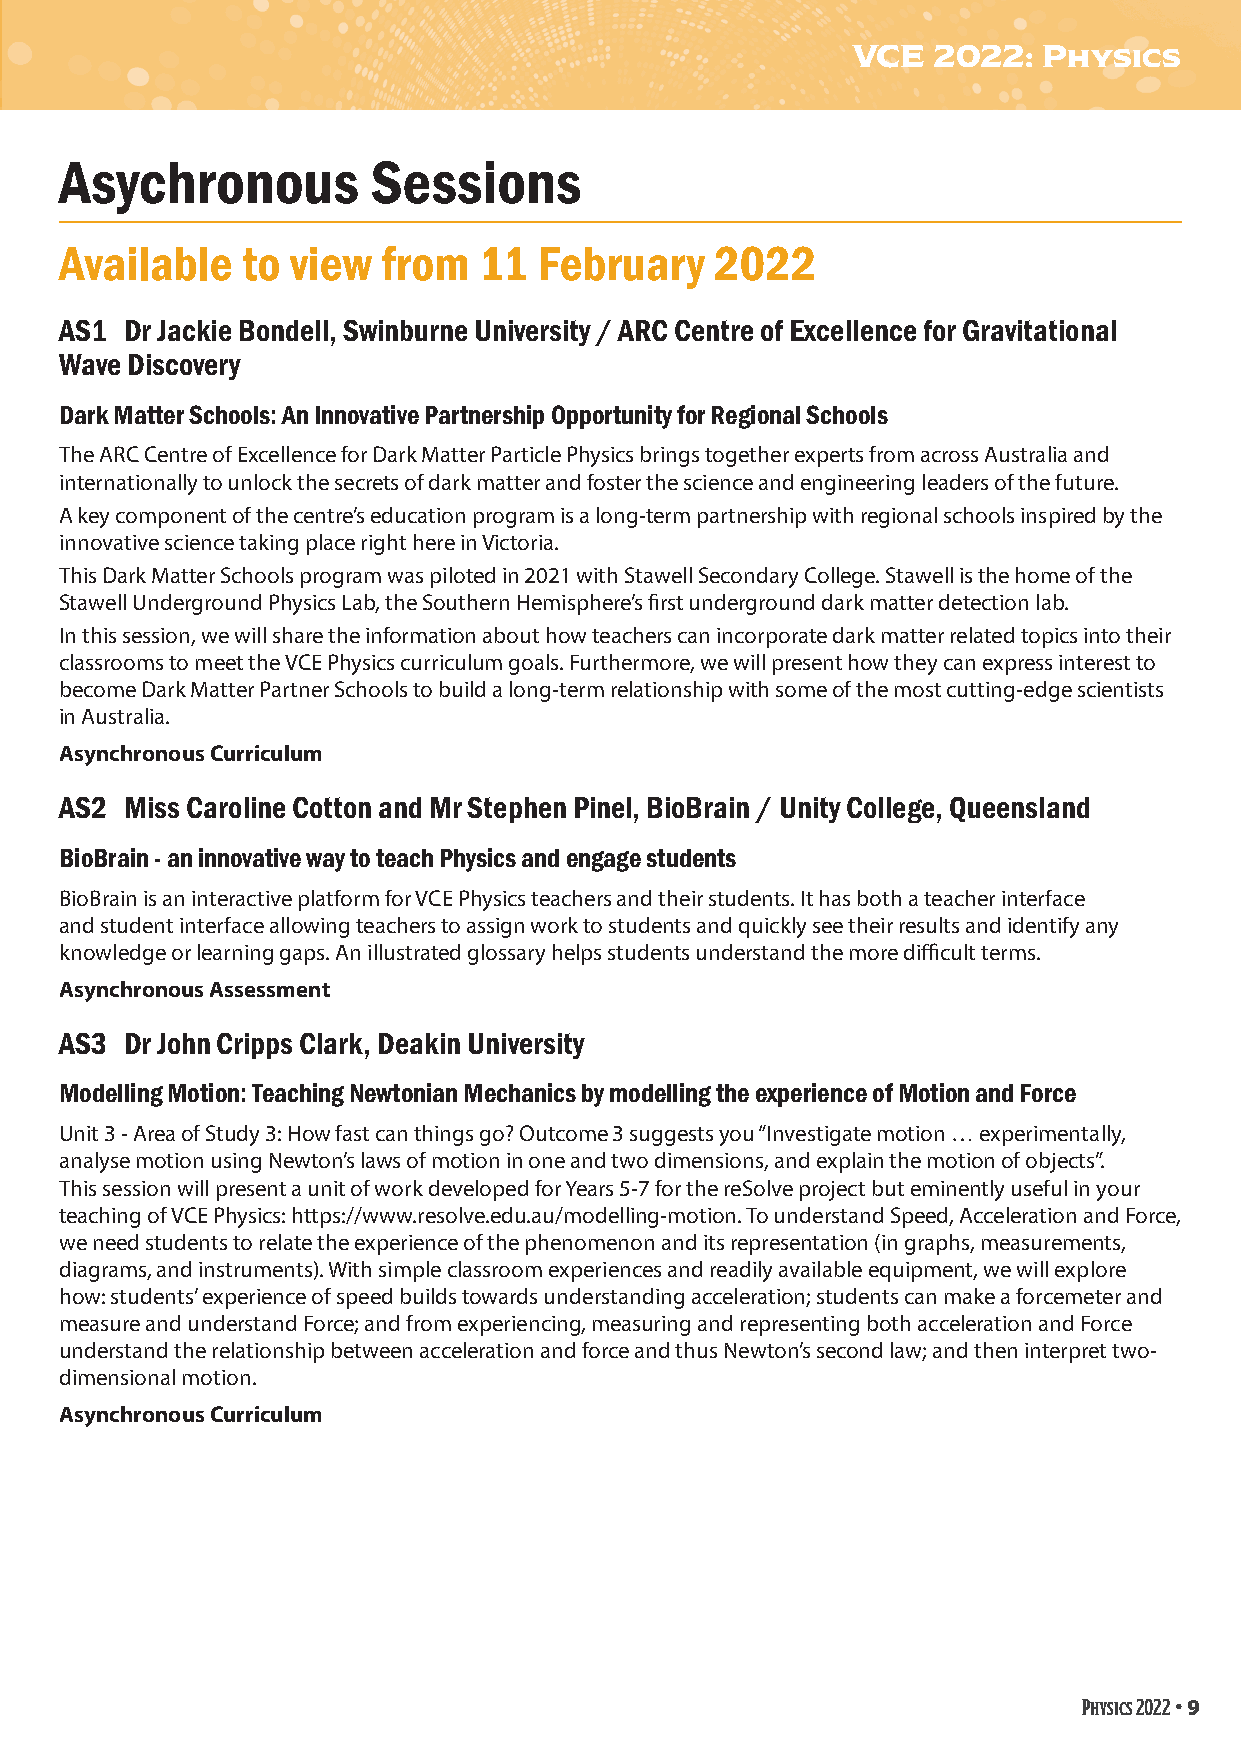
VCE   2022:  Physics
 Asychronous          Sessions
 Available   to view  from   11  February   2022
 AS1 Dr Jackie Bondell, Swinburne University / ARC Centre of Excellence for Gravitational
 Wave Discovery
 Dark Matter Schools: An Innovative Partnership Opportunity for Regional Schools
 The ARC Centre of Excellence for Dark Matter Particle Physics brings together experts from across Australia and
 internationally to unlock the secrets of dark matter and foster the science and engineering leaders of the future.
 A key component of the centre’s education program is a long-term partnership with regional schools inspired by the
 innovative science taking place right here in Victoria.
 This Dark Matter Schools program was piloted in 2021 with Stawell Secondary College. Stawell is the home of the
 Stawell Underground Physics Lab, the Southern Hemisphere’s first underground dark matter detection lab.
 In this session, we will share the information about how teachers can incorporate dark matter related topics into their
 classrooms to meet the VCE Physics curriculum goals. Furthermore, we will present how they can express interest to
 become Dark Matter Partner Schools to build a long-term relationship with some of the most cutting-edge scientists
 in Australia.
 Asynchronous Curriculum
 AS2 Miss Caroline Cotton and Mr Stephen Pinel, BioBrain / Unity College, Queensland
 BioBrain - an innovative way to teach Physics and engage students
 BioBrain is an interactive platform for VCE Physics teachers and their students. It has both a teacher interface
 and student interface allowing teachers to assign work to students and quickly see their results and identify any
 knowledge or learning gaps. An illustrated glossary helps students understand the more difficult terms.
 Asynchronous Assessment
 AS3 Dr John Cripps Clark, Deakin University
 Modelling Motion: Teaching Newtonian Mechanics by modelling the experience of Motion and Force
 Unit 3 - Area of Study 3: How fast can things go? Outcome 3 suggests you “Investigate motion … experimentally,
 analyse motion using Newton’s laws of motion in one and two dimensions, and explain the motion of objects”.
 This session will present a unit of work developed for Years 5-7 for the reSolve project but eminently useful in your
 teaching of VCE Physics: https://www.resolve.edu.au/modelling-motion. To understand Speed, Acceleration and Force,
 we need students to relate the experience of the phenomenon and its representation (in graphs, measurements,
 diagrams, and instruments). With simple classroom experiences and readily available equipment, we will explore
 how: students’ experience of speed builds towards understanding acceleration; students can make a forcemeter and
 measure and understand Force; and from experiencing, measuring and representing both acceleration and Force
 understand the relationship between acceleration and force and thus Newton’s second law; and then interpret two-
 dimensional motion.
 Asynchronous Curriculum
 Physics 2022 • 9